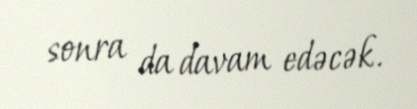
sonra da davam edəcək.